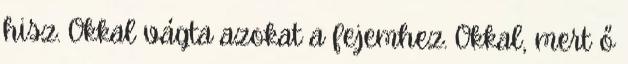
hisz. Okkal vágta azokat a fejemhez. Okkal, mert ő